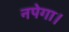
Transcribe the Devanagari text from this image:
नपेगा।